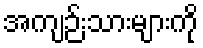
အကျဉ်းသားများကို